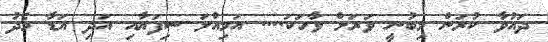
ދައުވާ ކުރަން މިބުނީ ވަރަށް ވާހަކަ.... އަމިއްލަ ސިފަޔާއި އަދި އަޑާ މެދު